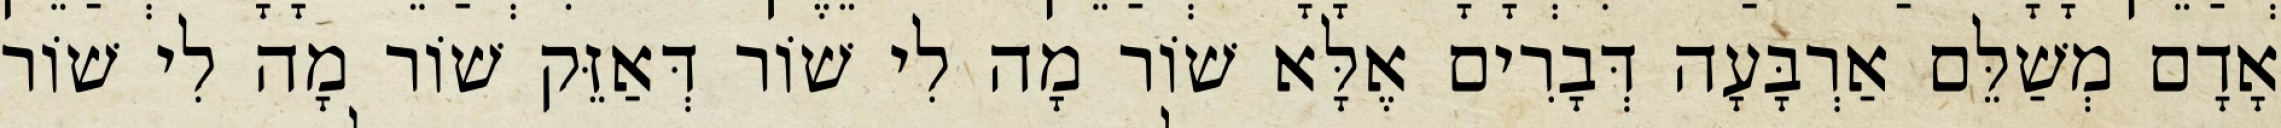
אָדָם מְשַׁלֵּם אַרְבָּעָה דְּבָרִים אֶלָּא שׁוֹר מָה לִי שׁוֹר דְּאַזֵּק שׁוֹר מָה לִי שׁוֹר